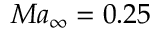
M a _ { \infty } = 0 . 2 5